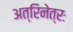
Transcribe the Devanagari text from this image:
अत्रिनेत्रः